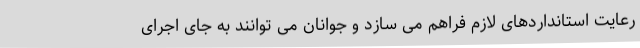
رعایت استانداردهای لازم فراهم می سازد و جوانان می توانند به جای اجرای